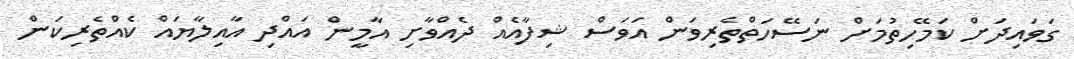
ގަވައިދަށް ކަމޭހިތުމަށް ނަސޭހަތްތެރިވަން އަވަސް ޝިފާއެއް ދެއްވާށި އާމީން އައްދި އާއިލާޔައް ކެއްތެރިކަން